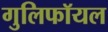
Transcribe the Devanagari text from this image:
गुलिफॉयल